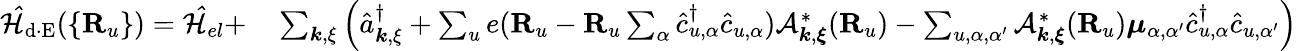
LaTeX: \begin{array}{rl}{\mathcal{\hat{H}}_{\mathrm{d\cdot E}}(\{ {\mathbf R}_{u}\} )=\mathcal{\hat{H}}_{el}+}&{{}\sum_{{\boldsymbol k},{\mathbf\xi}}\Big(\hat{a}_{{\boldsymbol k},{\mathbf\xi}}^{\dagger}+\sum_{u}e({\mathbf R}_{u}-{\mathbf R}_{u}\sum_{\alpha}\hat{c}_{u,\alpha}^{\dagger}\hat{c}_{u,\alpha})\mathcal{A}_{{\boldsymbol k},{\boldsymbol\xi}}^{*}({\mathbf R}_{u})-\sum_{u,\alpha,\alpha^{\prime}}\mathcal{A}_{{\boldsymbol k},{\boldsymbol\xi}}^{*}({\mathbf R}_{u}){\boldsymbol\mu}_{\alpha,\alpha^{\prime}}\hat{c}_{u,\alpha}^{\dagger}\hat{c}_{u,\alpha^{\prime}}\Big)}\end{array}